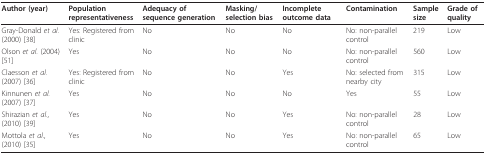
<table><thead><tr><td><b>Author (year)</b></td><td><b>Population representativeness</b></td><td><b>Adequacy of sequence generation</b></td><td><b>Masking/selection bias</b></td><td><b>Incomplete outcome data</b></td><td><b>Contamination</b></td><td><b>Sample size</b></td><td><b>Grade of quality</b></td></tr></thead><tbody><tr><td>Gray-Donald <i>et al. </i>(2000) [38]</td><td>Yes: Registered from clinic</td><td>No</td><td>No</td><td>No</td><td>No: non-parallel control</td><td>219</td><td>Low</td></tr><tr><td>Olson <i>et al. </i>(2004) [51]</td><td>Yes</td><td>No</td><td>No</td><td>No</td><td>No: non-parallel control</td><td>560</td><td>Low</td></tr><tr><td>Claesson <i>et al. </i>(2007) [36]</td><td>Yes: Registered from clinic</td><td>No</td><td>No</td><td>Yes</td><td>No: selected from nearby city</td><td>315</td><td>Low</td></tr><tr><td>Kinnunen <i>et al. </i>(2007) [37]</td><td>Yes</td><td>No</td><td>No</td><td>No</td><td>Yes</td><td>55</td><td>Low</td></tr><tr><td>Shirazian <i>et al</i>., (2010) [39]</td><td>Yes</td><td>No</td><td>No</td><td>Yes</td><td>No: non-parallel control</td><td>28</td><td>Low</td></tr><tr><td>Mottola <i>et al</i>., (2010) [35]</td><td>Yes</td><td>No</td><td>No</td><td>Yes</td><td>No: non-parallel control</td><td>65</td><td>Low</td></tr></tbody></table>